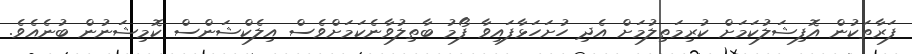
ފަރާތަކުން އޮފިޝަލުކަމަށް ކުރިމަތިލުމަށް އެދި ހުށަހަޅާފައިވާ ފޯމު ބާތިލުވާނެކަމަށްވެސް އިލެކްޝަންސް ކޮމިޝަނުން ބުނެއެވެ.